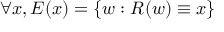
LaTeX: \forall x , E ( x ) = \{ w : R ( w ) \equiv x \}